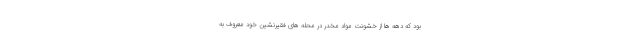
بود که دهه ها از خشونت مواد مخدر در محله های فقیرنشین خود معروف به